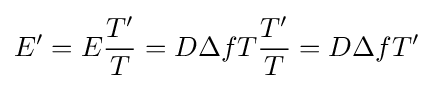
E'=E{\frac {T'}{T}}=D\Delta fT{\frac {T'}{T}}=D\Delta fT'